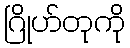
ဂြိုဟ်တုကို